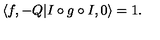
\langle f , - Q | I \circ g \circ I , 0 \rangle = 1 .